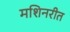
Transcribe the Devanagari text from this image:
मशिनरीत